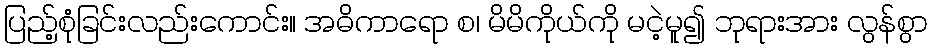
ပြည့်စုံခြင်းလည်းကောင်း။ အဓိကာရော စ၊ မိမိကိုယ်ကို မငဲ့မူ၍ ဘုရားအား လွန်စွာ